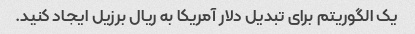
یک الگوریتم برای تبدیل دلار آمریکا به ریال برزیل ایجاد کنید.